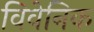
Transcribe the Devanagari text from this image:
विवेनिक